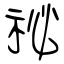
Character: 祕